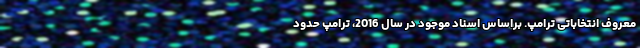
معروف انتخاباتی ترامپ. براساس اسناد موجود در سال 2016، ترامپ حدود